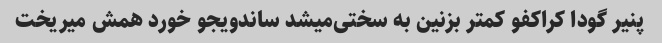
پنیر گودا کراکفو کمتر بزنین به سختی‌میشد ساندویجو خورد همش میریخت